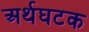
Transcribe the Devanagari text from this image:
अर्थघटक